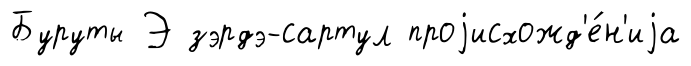
Буруты Э зэрдэ-сартул проjисхожд'е́н'иjа